Report on malaria in the Punjab during the year ...  together with an account of the work of the Punjab Malaria Bureau - Volume 2
Disease focus: Malaria
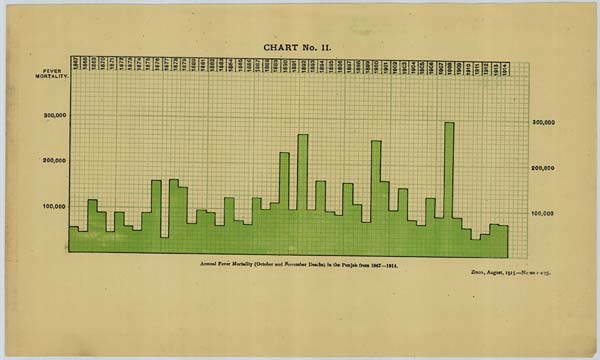
CHART No. II.
Annual Fever Mortality (October and November Deaths) in the Punjab from 1867—1914.
Zinco., August, 1915.—No 3611-1-475.